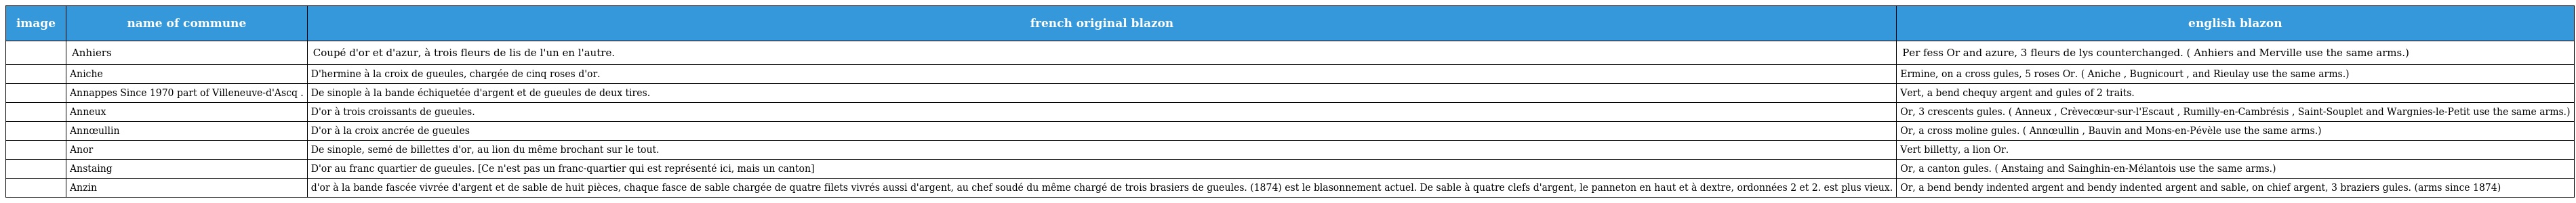
| image | name of commune | french original blazon | english blazon |
 | --- | --- | --- | --- |
 |  | Anhiers | Coupé d'or et d'azur, à trois fleurs de lis de l'un en l'autre. | Per fess Or and azure, 3 fleurs de lys counterchanged. ( Anhiers and Merville use the same arms.) |
 |  | Aniche | D'hermine à la croix de gueules, chargée de cinq roses d'or. | Ermine, on a cross gules, 5 roses Or. ( Aniche , Bugnicourt , and Rieulay use the same arms.) |
 |  | Annappes Since 1970 part of Villeneuve-d'Ascq . | De sinople à la bande échiquetée d'argent et de gueules de deux tires. | Vert, a bend chequy argent and gules of 2 traits. |
 |  | Anneux | D'or à trois croissants de gueules. | Or, 3 crescents gules. ( Anneux , Crèvecœur-sur-l'Escaut , Rumilly-en-Cambrésis , Saint-Souplet and Wargnies-le-Petit use the same arms.) |
 |  | Annœullin | D'or à la croix ancrée de gueules | Or, a cross moline gules. ( Annœullin , Bauvin and Mons-en-Pévèle use the same arms.) |
 |  | Anor | De sinople, semé de billettes d'or, au lion du même brochant sur le tout. | Vert billetty, a lion Or. |
 |  | Anstaing | D'or au franc quartier de gueules. [Ce n'est pas un franc-quartier qui est représenté ici, mais un canton] | Or, a canton gules. ( Anstaing and Sainghin-en-Mélantois use the same arms.) |
 |  | Anzin | d'or à la bande fascée vivrée d'argent et de sable de huit pièces, chaque fasce de sable chargée de quatre filets vivrés aussi d'argent, au chef soudé du même chargé de trois brasiers de gueules. (1874) est le blasonnement actuel. De sable à quatre clefs d'argent, le panneton en haut et à dextre, ordonnées 2 et 2. est plus vieux. | Or, a bend bendy indented argent and bendy indented argent and sable, on chief argent, 3 braziers gules. (arms since 1874) |